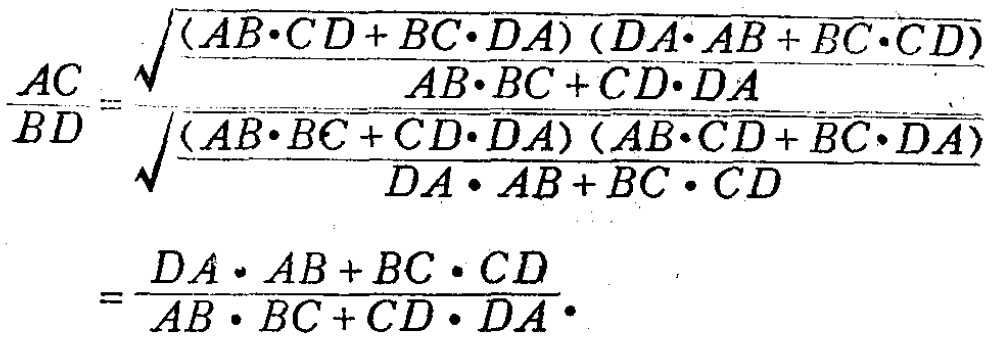
\[\begin{align*}
\frac{AC}{BD}&=\frac{\sqrt{\frac{(AB\cdot CD + BC\cdot DA)(DA\cdot AB + BC\cdot CD)}{AB\cdot BC + CD\cdot DA}}}{\sqrt{\frac{(AB\cdot BC + CD\cdot DA)(AB\cdot CD + BC\cdot DA)}{DA\cdot AB + BC\cdot CD}}}\\
&=\frac{DA\cdot AB + BC\cdot CD}{AB\cdot BC + CD\cdot DA}
\end{align*}\]